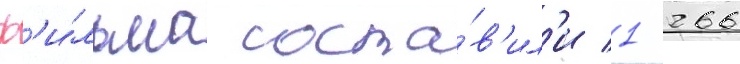
ф'и́льма соста́в'ил'и 1 266